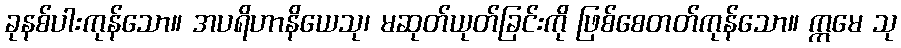
ခုနစ်ပါးကုန်သော။ အပရိဟာနိယေသု၊ မဆုတ်ယုတ်ခြင်းကို ဖြစ်စေတတ်ကုန်သော။ ဣမေ သု